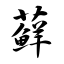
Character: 藓